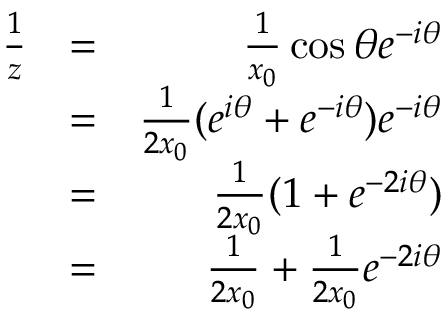
\begin{array} { r l r } { \frac 1 z } & { = } & { \frac 1 { x _ { 0 } } \cos \theta e ^ { - i \theta } } \\ & { = } & { \frac 1 { 2 x _ { 0 } } ( e ^ { i \theta } + e ^ { - i \theta } ) e ^ { - i \theta } } \\ & { = } & { \frac 1 { 2 x _ { 0 } } ( 1 + e ^ { - 2 i \theta } ) } \\ & { = } & { \frac 1 { 2 x _ { 0 } } + \frac 1 { 2 x _ { 0 } } e ^ { - 2 i \theta } } \end{array}